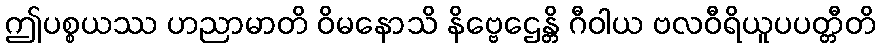
ဤပစ္စယဿ ဟညာမာတိ ဝိမနောသိ နိဗ္ဗေဌေန္တိ ဂီဝါယ ဗလဝီရိယူပပတ္တီတိ